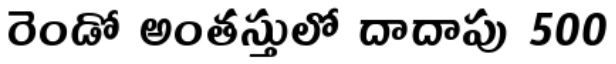
రెండో అంతస్తులో దాదాపు 500